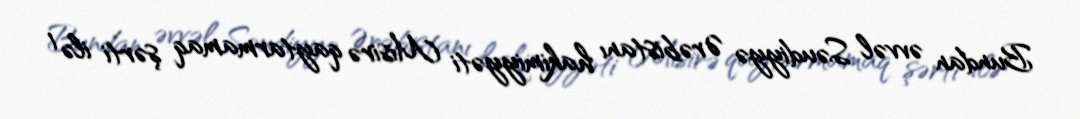
Bundan əvvəl Səudiyyə Ərəbistanı hakimiyyəti Misirə qaytarmamaq şərti ilə 1